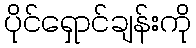
ပိုင်ရှောင်ချန်းကို